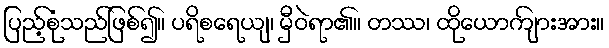
ပြည့်စုံသည်ဖြစ်၍။ ပရိစရေယျ၊ မှီဝဲရာ၏။ တဿ၊ ထိုယောကျ်ားအား။